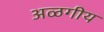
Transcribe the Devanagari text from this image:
अळगीय